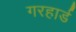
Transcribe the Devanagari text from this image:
गरहार्ड